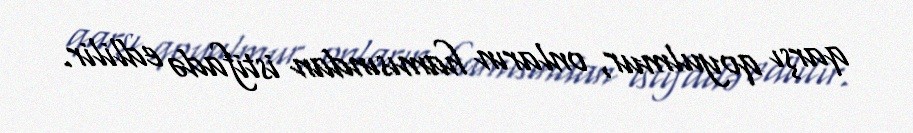
qarşı qoyulmur, onların hamısından istifadə edlilir.